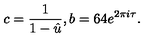
c = \frac { 1 } { 1 - \hat { u } } , b = 6 4 e ^ { 2 \pi i \tau } .